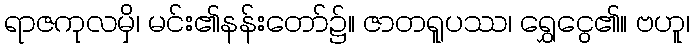
ရာဇကုလမှိ၊ မင်း၏နန်းတော်၌။ ဇာတရူပဿ၊ ရွှေငွေ၏။ ဗဟူ၊